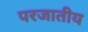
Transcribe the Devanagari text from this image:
परजातीय